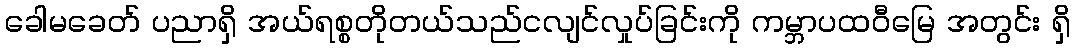
ခေါမခေတ် ပညာရှိ အယ်ရစ္စတိုတယ်သည်ငလျင်လှုပ်ခြင်းကို ကမ္ဘာပထဝီမြေ အတွင်း ရှိ